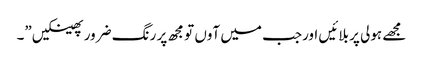
مجھے ہولی پر بلائیں اورجب میں آوں تو مجھ پر رنگ ضرور پھینکیں”۔